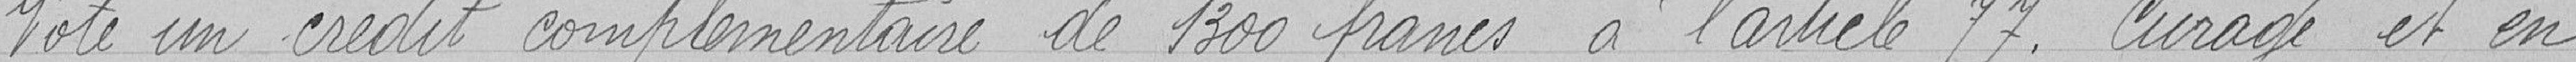
Vote un crédit complémentaire de 1 300 francs à l'article 77. curage et en-